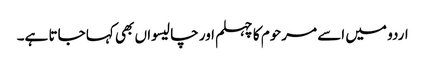
اردو میں اسے مرحوم کا چہلم اور چالیسواں بھی کہا جاتا ہے۔